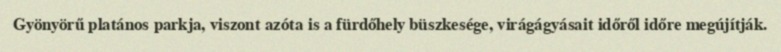
Gyönyörű platános parkja, viszont azóta is a fürdőhely büszkesége, virágágyásait időről időre megújítják.